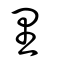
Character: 里